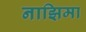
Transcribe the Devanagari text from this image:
नाझिमा